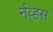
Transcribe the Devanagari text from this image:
र्नव्हस